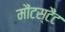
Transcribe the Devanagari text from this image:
मौंटस्टैंट